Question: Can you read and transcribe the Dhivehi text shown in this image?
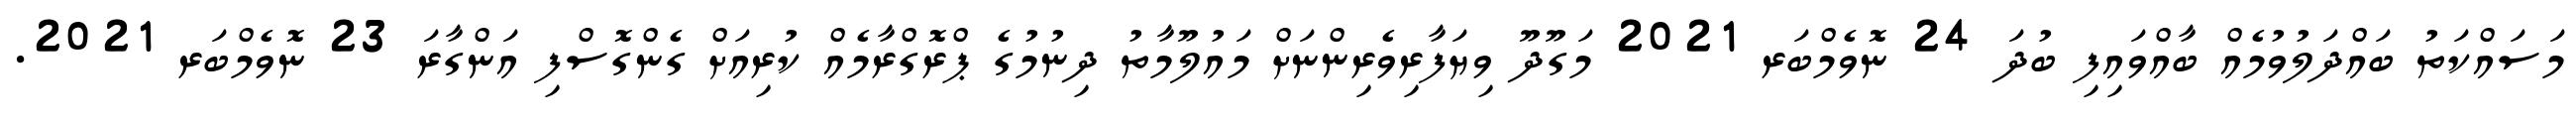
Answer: މަސައްކަތު ބައްދަލުވުމެއް ބާއްވައިފި ބުދަ 24 ނޮވެމްބަރ 2021 މަގޫދޫ ވިޔަފާރިވެރިންނަށް މައުލޫމާތު ދިނުމުގެ ޕްރޮގްރާމެއް ކުރިއަށް ގެންގޮސްފި އަންގާރަ 23 ނޮވެމްބަރ 2021.